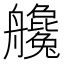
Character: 艬